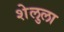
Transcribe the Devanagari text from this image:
शेलुला